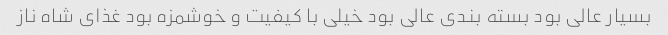
بسیار عالی بود بسته بندی عالی بود خیلی با کیفیت و خوشمزه بود غذای شاه ناز